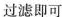
过滤即可